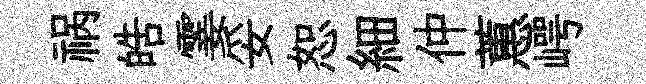
祸皓霎妥恕細仲蕙崿